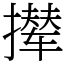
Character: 撵